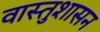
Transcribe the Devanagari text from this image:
वास्तुशासन